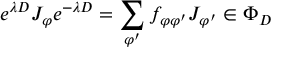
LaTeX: e ^ { \lambda D } J _ { \varphi } e ^ { - \lambda D } = \sum _ { \varphi ^ { \prime } } f _ { \varphi \varphi ^ { \prime } } J _ { \varphi ^ { \prime } } \in \Phi _ { D }